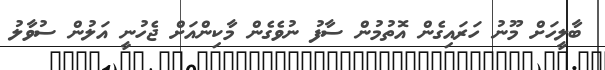
ބާލީހަށް މޫނު ހަރައިގެން އޮތުމުން ސާފު ނުވެގެން މާކިންއަށް ޖެހުނީ އަލުން ސުވާލު